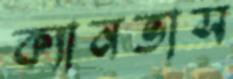
ক্যানভাস